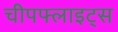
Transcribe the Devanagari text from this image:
चीपफ्लाइट्स